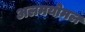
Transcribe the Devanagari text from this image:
अलमयोमल